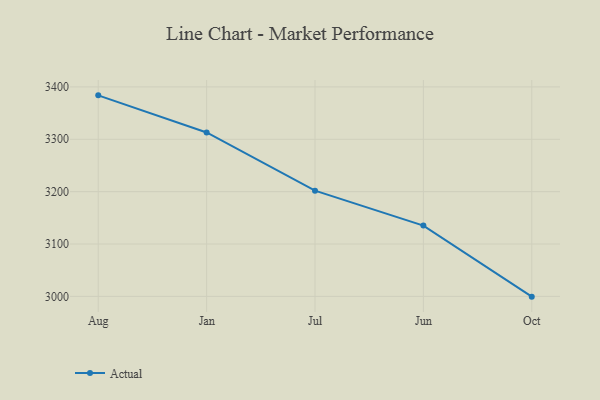
{"axis": {"x": "Month", "y": "Bounce Rate (%)"}, "legend": ["Actual"], "data": [{"x": "Aug", "y": 3383.9, "type": "Actual"}, {"x": "Jan", "y": 3313.0, "type": "Actual"}, {"x": "Jul", "y": 3201.9, "type": "Actual"}, {"x": "Jun", "y": 3135.2, "type": "Actual"}, {"x": "Oct", "y": 2999.5, "type": "Actual"}]}